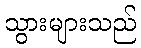
သွားများသည်